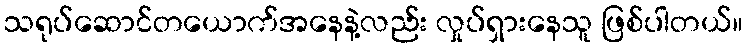
သရုပ်ဆောင်တယောက်အနေနဲ့လည်း လှုပ်ရှားနေသူ ဖြစ်ပါတယ်။